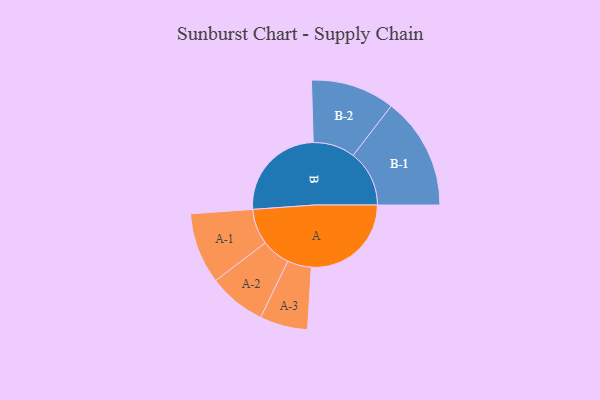
{"axis": {"x": "Segment", "y": "Value"}, "legend": ["", "A", "B"], "data": [{"x": "A", "y": 472, "type": ""}, {"x": "B", "y": 467, "type": ""}, {"x": "A-1", "y": 168, "type": "A"}, {"x": "A-2", "y": 136, "type": "A"}, {"x": "A-3", "y": 113, "type": "A"}, {"x": "B-1", "y": 265, "type": "B"}, {"x": "B-2", "y": 198, "type": "B"}]}